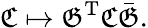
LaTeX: {\mathfrak{C}}\mapsto{\mathfrak{G}}^{\mathrm{T}}{\mathfrak{C}}{\bar{\mathfrak{G}}}.